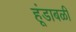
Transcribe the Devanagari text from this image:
हूंडाबळी